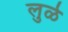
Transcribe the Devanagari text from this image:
लुळे